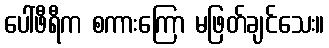
ပေါ်ဖီရီက စကားကြော မဖြတ်ချင်သေး။